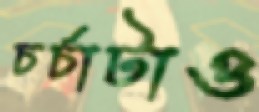
চর্চাটাও